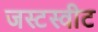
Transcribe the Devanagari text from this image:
जस्टस्वीट